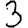
Digit: 3